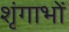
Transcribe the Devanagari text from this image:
शृंगाभों